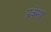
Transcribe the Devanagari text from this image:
प्रवेगा